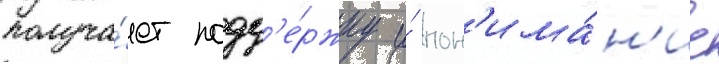
получа́ет подд'е́ржку и́ пон'има́н'ие